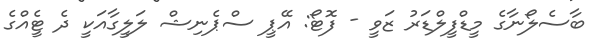
ބާސެލޯނާގެ މީޑްފީލްޑަރު ޒަވީ - ފޮޓޯ: އޭޕީ ސްޕެނިޝް ލަލީގާއަކީ ދެ ޓީެއްގެ